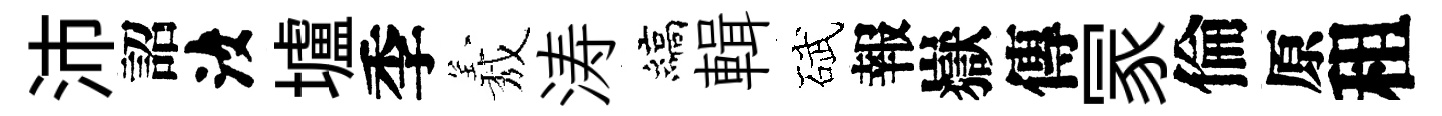
沛詔汝壚季𦏁涛縞輯碔報嶽傳冡倫原租